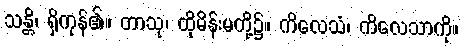
သန္တိ၊ ရှိကုန်၏။ တာသု၊ ထိုမိန်းမတို့၌။ ကိလေသံ၊ ကိလေသာကို။